Vaccination in Bombay 1924-1928 - 1924-1928
Year: 1924
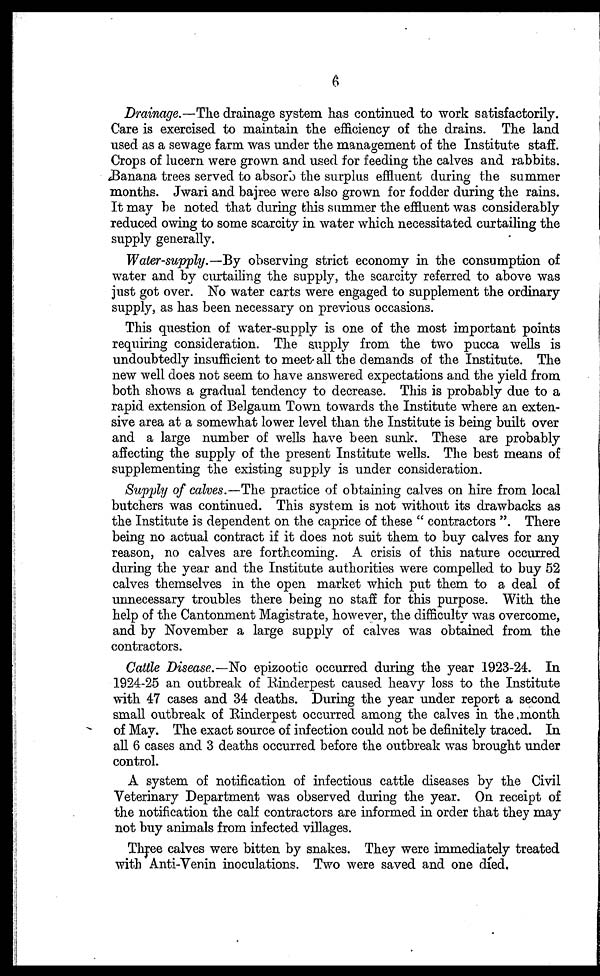
6
Drainage.—The drainage system has continued to work satisfactorily.
Care is exercised to maintain the efficiency of the drains. The land
used as a sewage farm was under the management of the Institute staff.
Crops of lucern were grown and used for feeding the calves and rabbits.
Banana trees served to absorb the surplus effluent during the summer
months. Jwari and bajree were also grown for fodder during the rains.
It may be noted that during this summer the effluent was considerably
reduced owing to some scarcity in water which necessitated curtailing the
supply generally.
Water-supply.—By observing strict economy in the consumption of
water and by curtailing the supply, the scarcity referred to above was
just got over. No water carts were engaged to supplement the ordinary
supply, as has been necessary on previous occasions.
This question of water-supply is one of the most important points
requiring consideration. The supply from the two pucca wells is
undoubtedly insufficient to meet.all the demands of the Institute. The
new well does not seem to have answered expectations and the yield from
both shows a gradual tendency to decrease. This is probably due to a
rapid extension of Belgaum Town towards the Institute where an exten-
sive area at a somewhat lower level than the Institute is being built over
and a large number of wells have been sunk. These are probably
affecting the supply of the present Institute wells. The best means of
supplementing the existing supply is under consideration.
Supply of calves.—The practice of obtaining calves on hire from local
butchers was continued. This system is not without its drawbacks as
the Institute is dependent on the caprice of these " contractors ". There
being no actual contract if it does not suit them to buy calves for any
reason, no calves are forthcoming. A crisis of this nature occurred
during the year and the Institute authorities were compelled to buy 52
calves themselves in the open market which put them to a deal of
unnecessary troubles there being no staff for this purpose. With the
help of the Cantonment Magistrate, however, the difficulty was overcome,
and by November a large supply of calves was obtained from the
contractors.
Cattle Disease.—No epizootic occurred during the year 1923-24. In
1924-25 an outbreak of Rinderpest caused heavy loss to the Institute
with 47 cases and 34 deaths. During the year under report a second
small outbreak of Rinderpest occurred among the calves in the month
of May. The exact source of infection could not be definitely traced. In
all 6 cases and 3 deaths occurred before the outbreak was brought under
control.
A system of notification of infectious cattle diseases by the Civil
Veterinary Department was observed during the year. On receipt of
the notification the calf contractors are informed in order that they may
not buy animals from infected villages.
Three calves were bitten by snakes. They were immediately treated
with Anti-Venin inoculations. Two were saved and one died.